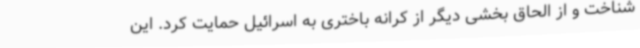
شناخت و از الحاق بخشی دیگر از کرانه باختری به اسرائیل حمایت کرد. این